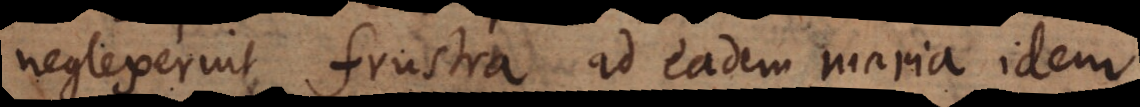
neglexerint frustra ad eadem maria idem